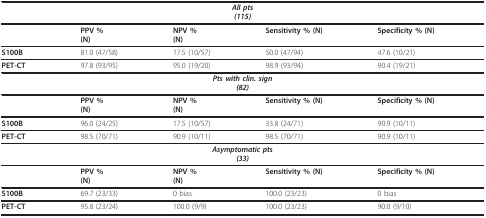
| <COLSPAN=5> All pts(115) |
 | --- | --- | --- | --- | --- |
 |  | PPV %(N) | NPV %(N) | Sensitivity % (N) | Specificity % (N) |
 | S100B | 81.0 (47/58) | 17.5 (10/57) | 50.0 (47/94) | 47.6 (10/21) |
 | PET-CT | 97.8 (93/95) | 95.0 (19/20) | 98.9 (93/94) | 90.4 (19/21) |
 | <COLSPAN=5> Pts with clin. sign(82) |
 |  | PPV %(N) | NPV %(N) | Sensitivity % (N) | Specificity % (N) |
 | S100B | 96.0 (24/25) | 17.5 (10/57) | 33.8 (24/71) | 90.9 (10/11) |
 | PET-CT | 98.5 (70/71) | 90.9 (10/11) | 98.5 (70/71) | 90.9 (10/11) |
 | <COLSPAN=5> Asymptomatic pts(33) |
 |  | PPV %(N) | NPV %(N) | Sensitivity % (N) | Specificity % (N) |
 | S100B | 69.7 (23/33) | 0 bias | 100.0 (23/23) | 0 bias |
 | PET-CT | 95.8 (23/24) | 100.0 (9/9) | 100.0 (23/23) | 90.0 (9/10) |